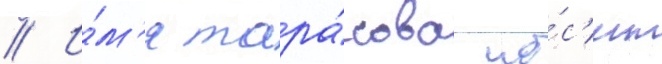
// И́м'я тара́сова но́с'ит